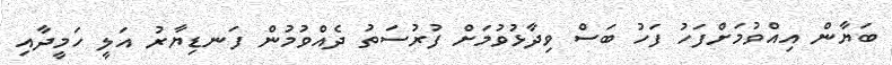
ބަޔާން އިއްވުމަށްފަހު ފަހު ބަސް ވިދާޅުވުމަށް ފުރުސަތު ދެއްވުމުން ފަނޑިޔާރު އަލީ ހަމީދާއި